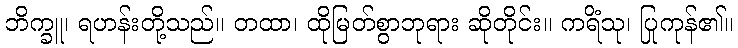
ဘိက္ခူ၊ ရဟန်းတို့သည်။ တထာ၊ ထိုမြတ်စွာဘုရား ဆိုတိုင်း။ ကရိံသု၊ ပြုကုန်၏။